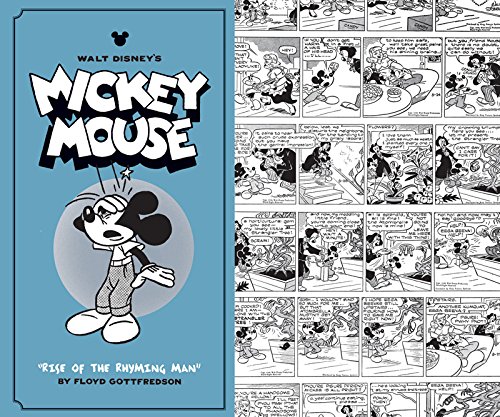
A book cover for Walt Disney's Mickey Mouse Vol. 9: "Rise Of The Rhyming Man" (Vol. 9)  (Walt Disney's Mickey Mouse); Floyd Gottfredson; Comics & Graphic Novels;